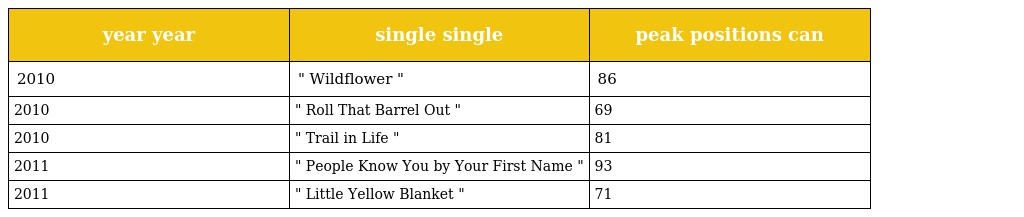
| year year | single single | peak positions can |
 | --- | --- | --- |
 | 2010 | " Wildflower " | 86 |
 | 2010 | " Roll That Barrel Out " | 69 |
 | 2010 | " Trail in Life " | 81 |
 | 2011 | " People Know You by Your First Name " | 93 |
 | 2011 | " Little Yellow Blanket " | 71 |